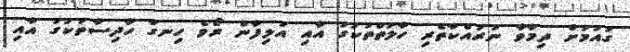
ގައުމަށް ދިމާވާ ނުރައްކާތެރި ހާލަތްތަކުގަ އާއި އަލިފާން ރޯވެ ހިނގާ ހާދިސާތަކުގަ އާއި